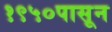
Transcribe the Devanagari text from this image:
१९५०पासून